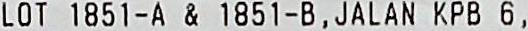
LOT 1851-A & 1851-B, JALAN KPB 6,